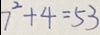
7 ^ { 2 } + 4 = 5 3